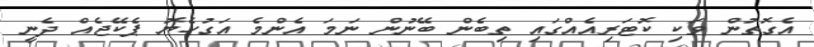
އެގޮތުން ވަކި ކޮޓަރިއެއްގައި ތިބެން ބޭނުން ނަމަ އެންމެ އަގުހެޔޮ ޕެކޭޖެއް ދެނީ